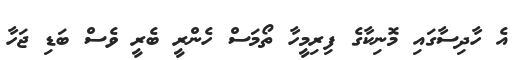
އެ ހާދިސާގައި މޮނިކާގެ ފިރިމީހާ ތޯމަސް ހެންރީ ބެރީ ވެސް ބަޑި ޖަހާ